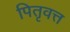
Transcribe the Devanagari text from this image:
पितृवत्त